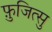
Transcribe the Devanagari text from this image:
फ़ुजित्सु